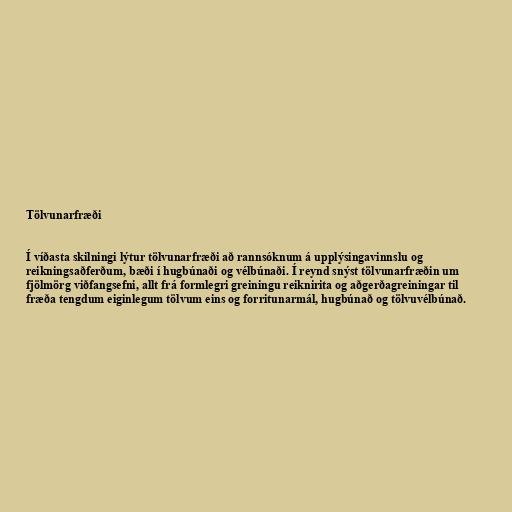
Tölvunarfræði

Í víðasta skilningi lýtur tölvunarfræði að rannsóknum á upplýsingavinnslu og
reikningsaðferðum, bæði í hugbúnaði og vélbúnaði. Í reynd snýst tölvunarfræðin um
fjölmörg viðfangsefni, allt frá formlegri greiningu reiknirita og aðgerðagreiningar til
fræða tengdum eiginlegum tölvum eins og forritunarmál, hugbúnað og tölvuvélbúnað.